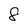
Character: 8